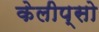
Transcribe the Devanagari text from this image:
केलीप्सो